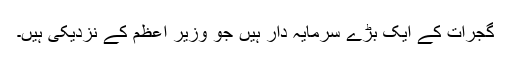
گجرات کے ایک بڑے سرمایہ دار ہیں جو وزیر اعظم کے نزدیکی ہیں۔